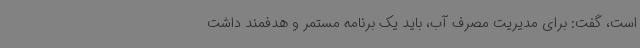
است، گفت: برای مدیریت مصرف آب، باید یک برنامه مستمر و هدفمند داشت